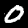
Digit: 0